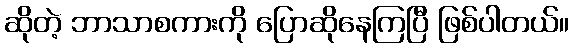
ဆိုတဲ့ ဘာသာစကားကို ပြောဆိုနေကြပြီ ဖြစ်ပါတယ်။